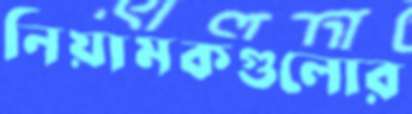
নিয়ামকগুলোর